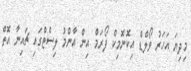
މިދިޔަ އަހަރު ވޯލްޑް އިކޮނޮމިކް ފޯރަމް އިން އާންމު ލިސްޓްގައި ޗައިނާ އޮތް